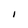
Character: I